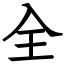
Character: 全